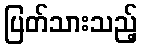
ပြတ်သားသည့်